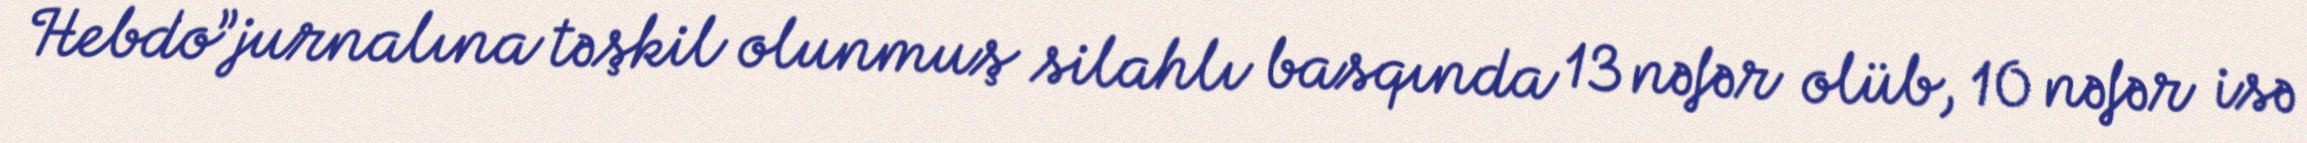
Hebdo”jurnalına təşkil olunmuş silahlı basqında 13 nəfər olüb, 10 nəfər isə